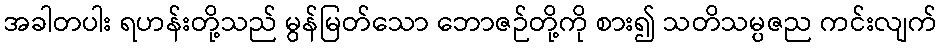
အခါတပါး ရဟန်းတို့သည် မွန်မြတ်သော ဘောဇဉ်တို့ကို စား၍ သတိသမ္ပဇည ကင်းလျက်